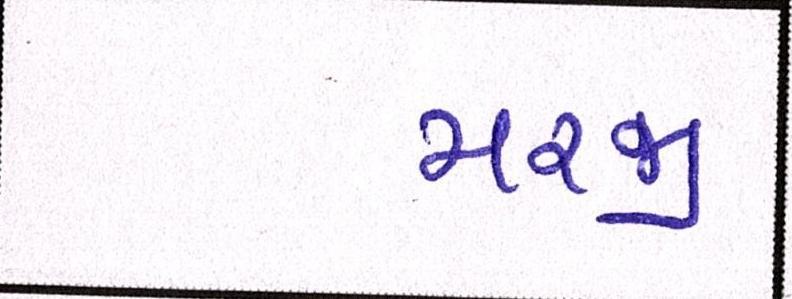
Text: મરજી